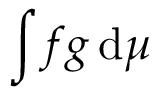
\int f g \, \mathrm { d } \mu